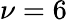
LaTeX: \nu=6